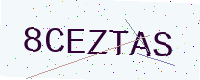
Text: 8CEZTAS